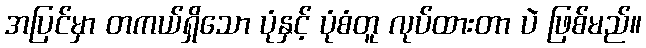
အပြင်မှာ တကယ်ရှိသော ပုံနှင့် ပုံစံတူ လုပ်ထားတာ ပဲ ဖြစ်မည်။